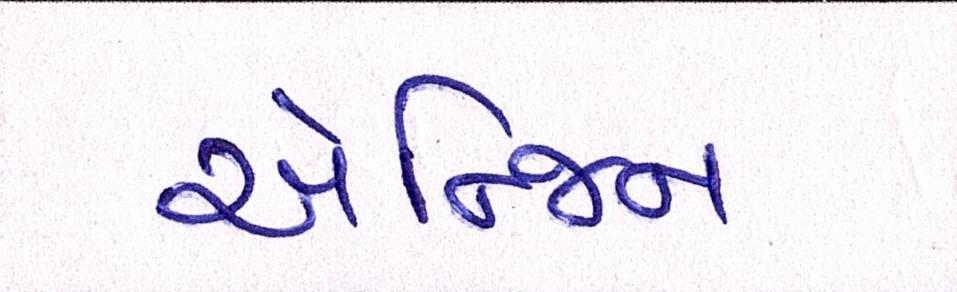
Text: એન્જિન